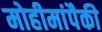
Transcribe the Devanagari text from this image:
मोहीमांपैकी